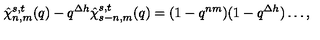
\hat { \chi } _ { n , m } ^ { s , t } ( q ) - q ^ { \Delta h } \hat { \chi } _ { s - n , m } ^ { s , t } ( q ) = ( 1 - q ^ { n m } ) ( 1 - q ^ { \Delta h } ) \ldots ,